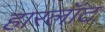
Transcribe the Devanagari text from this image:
हारलॉट